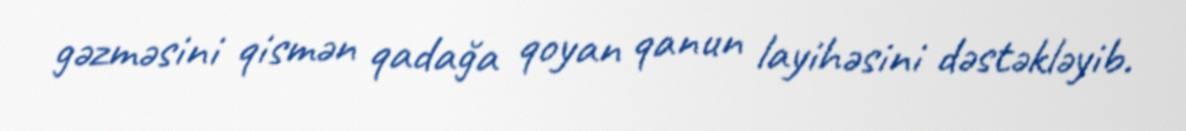
gəzməsini qismən qadağa qoyan qanun layihəsini dəstəkləyib.